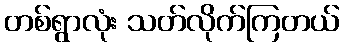
တစ်ရွာလုံး သတ်လိုက်ကြတယ်